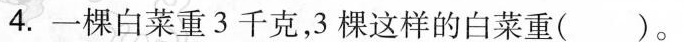
4.一棵白菜重3千克，3棵这样的白菜重（）。